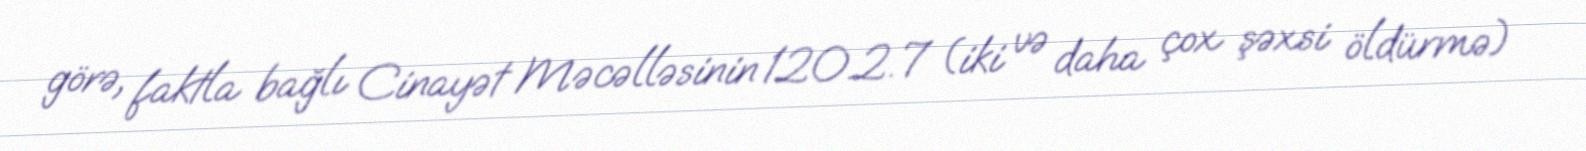
görə, faktla bağlı Cinayət Məcəlləsinin 120.2.7 (iki və daha çox şəxsi öldürmə)